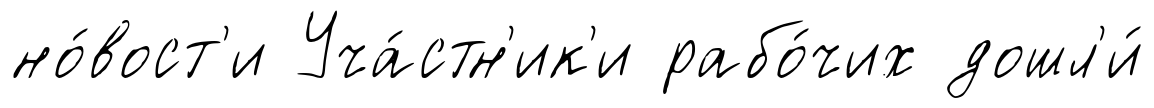
но́вост'и Уча́стн'ик'и рабо́чих дошл'и́